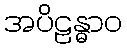
အပိဠန္ဓာဝ